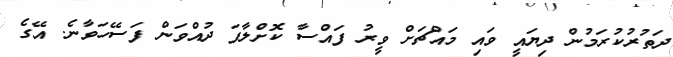
ދަތުރުކުރަމުން ދިޔައީ ވައި މައްޗަށް ވީރު ފައްސާ ކޮށްލާފަ ދުއްވަން ފަސޭހަވާނެ. އޭގެ